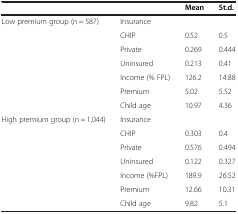
<table><thead><tr><td>[EMPTY_CELL]</td><td>[EMPTY_CELL]</td><td><b>Mean</b></td><td><b>St.d.</b></td></tr></thead><tbody><tr><td>Low premium group (n = 587)</td><td>Insurance</td><td>[EMPTY_CELL]</td><td>[EMPTY_CELL]</td></tr><tr><td>[EMPTY_CELL]</td><td>CHIP</td><td>0.52</td><td>0.5</td></tr><tr><td>[EMPTY_CELL]</td><td>Private</td><td>0.269</td><td>0.444</td></tr><tr><td>[EMPTY_CELL]</td><td>Uninsured</td><td>0.213</td><td>0.41</td></tr><tr><td>[EMPTY_CELL]</td><td>Income (% FPL)</td><td>126.2</td><td>14.88</td></tr><tr><td>[EMPTY_CELL]</td><td>Premium</td><td>5.02</td><td>5.52</td></tr><tr><td>[EMPTY_CELL]</td><td>Child age</td><td>10.97</td><td>4.36</td></tr><tr><td>High premium group (n = 1,044)</td><td>Insurance</td><td>[EMPTY_CELL]</td><td>[EMPTY_CELL]</td></tr><tr><td>[EMPTY_CELL]</td><td>CHIP</td><td>0.303</td><td>0.4</td></tr><tr><td>[EMPTY_CELL]</td><td>Private</td><td>0.576</td><td>0.494</td></tr><tr><td>[EMPTY_CELL]</td><td>Uninsured</td><td>0.122</td><td>0.327</td></tr><tr><td>[EMPTY_CELL]</td><td>Income (%FPL)</td><td>189.9</td><td>26.52</td></tr><tr><td>[EMPTY_CELL]</td><td>Premium</td><td>12.66</td><td>10.31</td></tr><tr><td>[EMPTY_CELL]</td><td>Child age</td><td>9.82</td><td>5.1</td></tr></tbody></table>